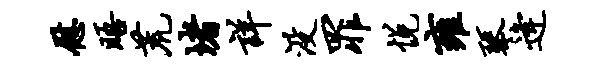
慰晤荒堵详没罪悦雍琴逄